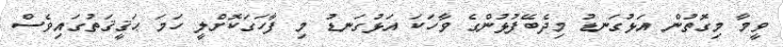
ވީމާ މިގޮތުން އަޅުގަނޑު މިދެބޭފުޅުންގެ ވާހަކަ އަޅުގަނޑު މި ފާހަގަކޮށްލީ ހަމަ ޙަޤީޤަތުގައިވެސް